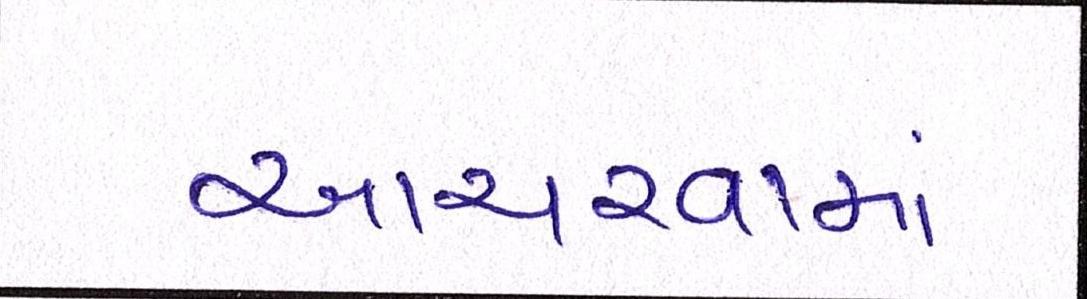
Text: આચરવામાં